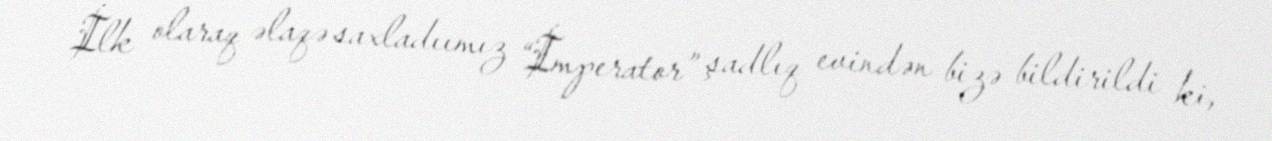
İlk olaraq əlaqə saxladıımız “İmperator” şadlıq evindən bizə bildirildi ki,